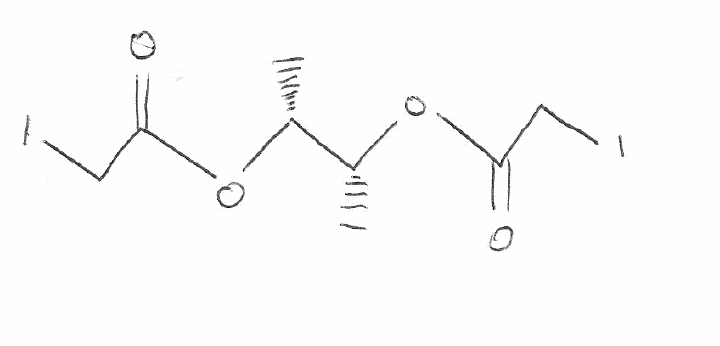
Simplified molecular-input line-entry system (SMILES) notation of the given molecule:
C[C@H]([C@@H](C)OC(=O)CI)OC(=O)CI